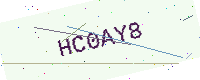
Text: HC0AY8